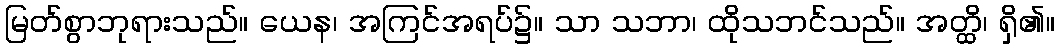
မြတ်စွာဘုရားသည်။ ယေန၊ အကြင်အရပ်၌။ သာ သဘာ၊ ထိုသဘင်သည်။ အတ္ထိ၊ ရှိ၏။